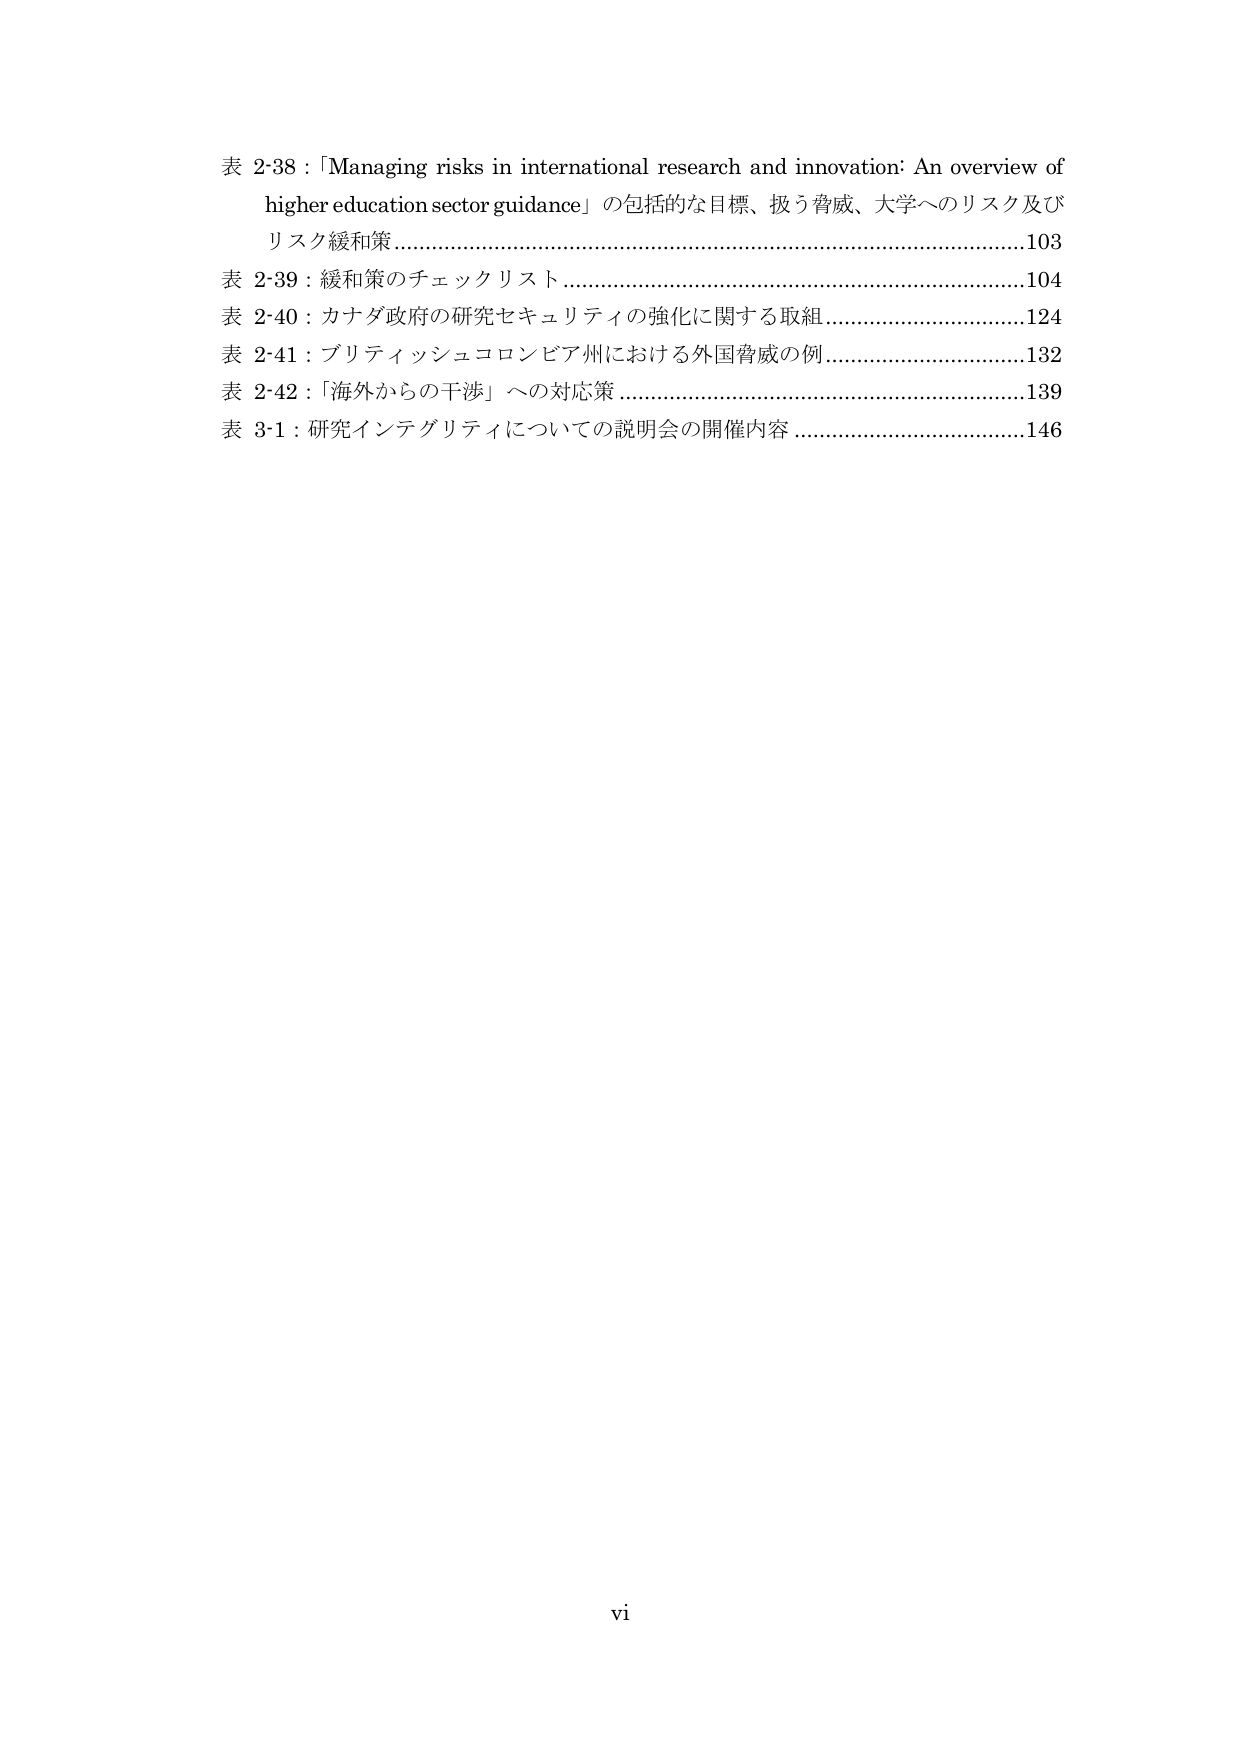
表 2-38：「Managing risks in international research and innovation: An overview of higher education sector guidance」の包括的な目標、扱う脅威、大学へのリスク及びリスク緩和策……………………………………………………………………103
表 2-39：緩和策のチェックリスト……………………………………………………………………104
表 2-40：カナダ政府の研究セキュリティの強化に関する取組……………………………………124
表 2-41：ブリティッシュコロンビア州における外国脅威の例……………………………………132
表 2-42：「海外からの干渉」への対応策……………………………………………………………139
表 3-1：研究インテグリティについての説明会の開催内容………………………………………146

vi